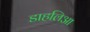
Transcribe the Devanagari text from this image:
डाहलिआ